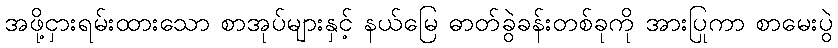
အဖို့ငှားရမ်းထားသော စာအုပ်များနှင့် နယ်မြေ ဓာတ်ခွဲခန်းတစ်ခုကို အားပြုကာ စာမေးပွဲ